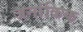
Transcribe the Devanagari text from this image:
जनांकिक